Scientific memoirs by medical officers of the Army of India - Part V,
Year: 1890
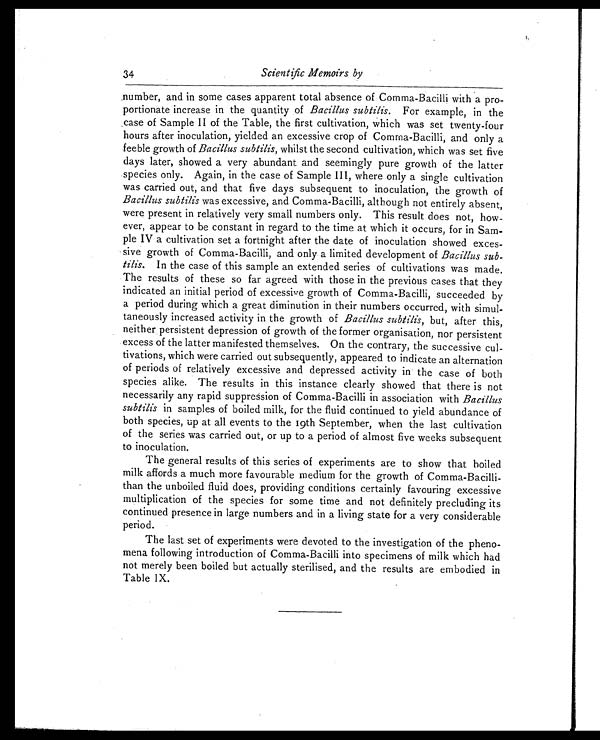
34
Scientific Memoirs by
number, and in some cases apparent total absence of Comma-Bacilli with a pro
- p o r t i o n a t e i n c r e a s e i n t h e q u a n t i t y o fB
a c i l l u s s u b t i l i s .
F o r e x a m p l e , i n t h e
case of Sample II of the Table, the first cultivation, which was set twenty-four
hours after inoculation, yielded an excessive crop of Comma-Bacilli, and only a
feeble growth of Bacillus subtilis, whilst the second cultivation, which was set five
days later, showed a very abundant and seemingly pure growth of the latter
species only. Again, in the case of Sample III, where only a single cultivation
was carried out, and that five days subsequent to inoculation, the growth of
Bacillus subtilis was excessive, and Comma-Bacilli, although not entirely absent,
were present in relatively very small numbers only. This result does not, how
- ever, appear to be constant in regard to the time at which it occurs, for in Sam
- ple IV a cultivation set a fortnight after the date of inoculation showed exces
- s i v e g r o w t h o f C o m m a - B a c i l l i , a n d o n l y a l i m i t e d d e v e l o p m e n t o fBacillus sub-
t i l i s .
I n t h e c a s e o f t h i s s a m p l e a n e x t e n d e d s e r i e s o f c u l t i v a t i o n s w a s m a d e .
The results of these so far agreed with those in the previous cases that they
indicated an initial period of excessive growth of Comma-Bacilli, succeeded by
a period during which a great diminution in their numbers occurred, with simul
- t a n e o u s l y i n c r e a s e d a c t i v i t y i n t h e g r o w t h o fB
a c i l l u s s u b t i l i s ,
b u t , a f t e r t h i s ,
neither persistent depression of growth of the former organisation, nor persistent
excess of the latter manifested themselves. On the contrary, the successive cul
- t i v a t i o n s , w h i c h w e r e c a r r i e d o u t s u b s e q u e n t l y , a p p e a r e d t o i n d i c a t e a n a l t e r n a t i o n
of periods of relatively excessive and depressed activity in the case of both
species alike. The results in this instance clearly showed that there is not
necessarily any rapid suppression of Comma-Bacilli in association with Bacillus
subtilis in samples of boiled milk, for the fluid continued to yield abundance of
both species, up at all events to the 19th September, when the last cultivation
of the series was carried out, or up to a period of almost five weeks subsequent
to inoculation.
The general results of this series of experiments are to show that boiled
milk affords a much more favourable medium for the growth of Comma-Bacilli-
than the unboiled fluid does, providing conditions certainly favouring excessive
multiplication of the species for some time and not definitely precluding its
continued presence in large numbers and in a living state for a very considerable
period.
The last set of experiments were devoted to the investigation of the pheno
- m e n a f o l l o w i n g i n t r o d u c t i o n o f C o m m a - B a c i l l i i n t o s p e c i m e n s o f m i l k w h i c h h a d
not merely been boiled but actually sterilised, and the results are embodied in
Table IX.